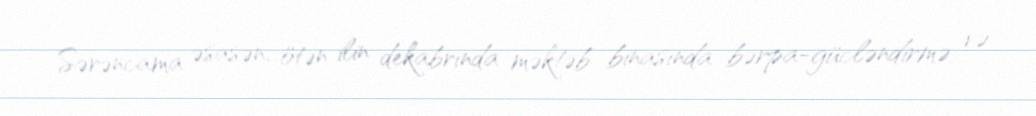
Sərəncama əsasən, ötən ilin dekabrında məktəb binasında bərpa-gücləndirmə və